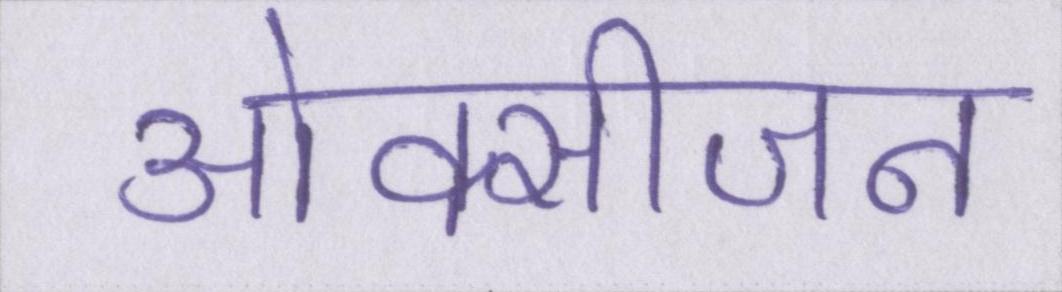
ओक्सीजन